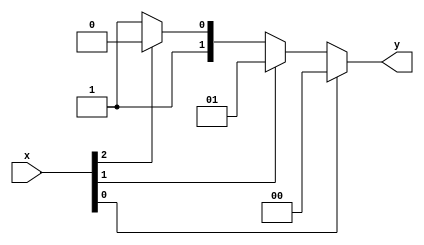
module encoder
(
	input [3:0] x,
	output [1:0] y
);
assign y = (x[0]) ? 2'b00 : (x[1]) ? 2'b01 : (x[2]) ? 2'b10 : 2'b11; 
endmodule